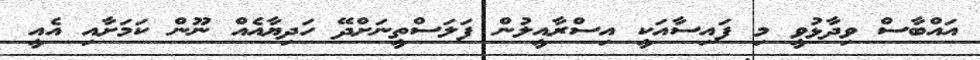
އައްބާސް ވިދާޅުވީ މި ފައިސާއަކީ އިސްރާއީލުން ފަލަސްތީނަށްދޭ ހަދިޔާއެއް ނޫން ކަމަށާއި އެއީ